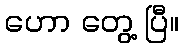
ဟော တွေ့ ပြီ။